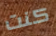
كنت